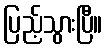
ပြည့်သွားပြီ။